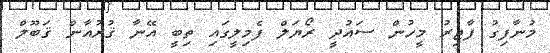
މުނާފިގު ފާޖިރު މީހުން ސައުދީ ރޯޔަލް ފެމިލީގައި ތިބީ އޭނާ ޤުރުއާން ޤަބޫލް